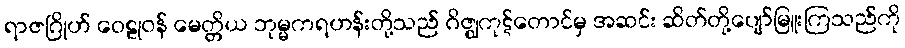
ရာဇဂြိုဟ် ဝေဠုဝန် မေတ္တိယ ဘုမ္မကရဟန်းတို့သည် ဂိဇ္ဈကုဋ်တောင်မှ အဆင်း ဆိတ်တို့ပျော်မြူးကြသည်ကို